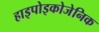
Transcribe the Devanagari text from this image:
हाइपोइकोजेनिक